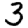
Digit: 3